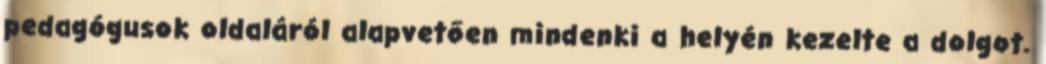
pedagógusok oldaláról alapvetően mindenki a helyén kezelte a dolgot.